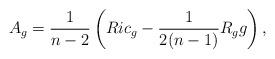
LaTeX: \begin{align*} A_g=\frac{1}{n-2}\left(Ric_g-\frac{1}{2(n-1)}R_gg\right),\end{align*}